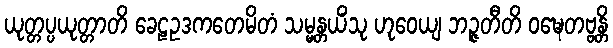
ယုတ္တပ္ပယုတ္တာတိ ခေဠဥဒကတေမိတံ သမ္မန္တယိံသု ဟုဝေယျ ဘဉ္ဇတီတိ ဝဍ္ဎေတဗ္ဗန္တိ